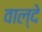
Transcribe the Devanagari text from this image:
वाल्दे